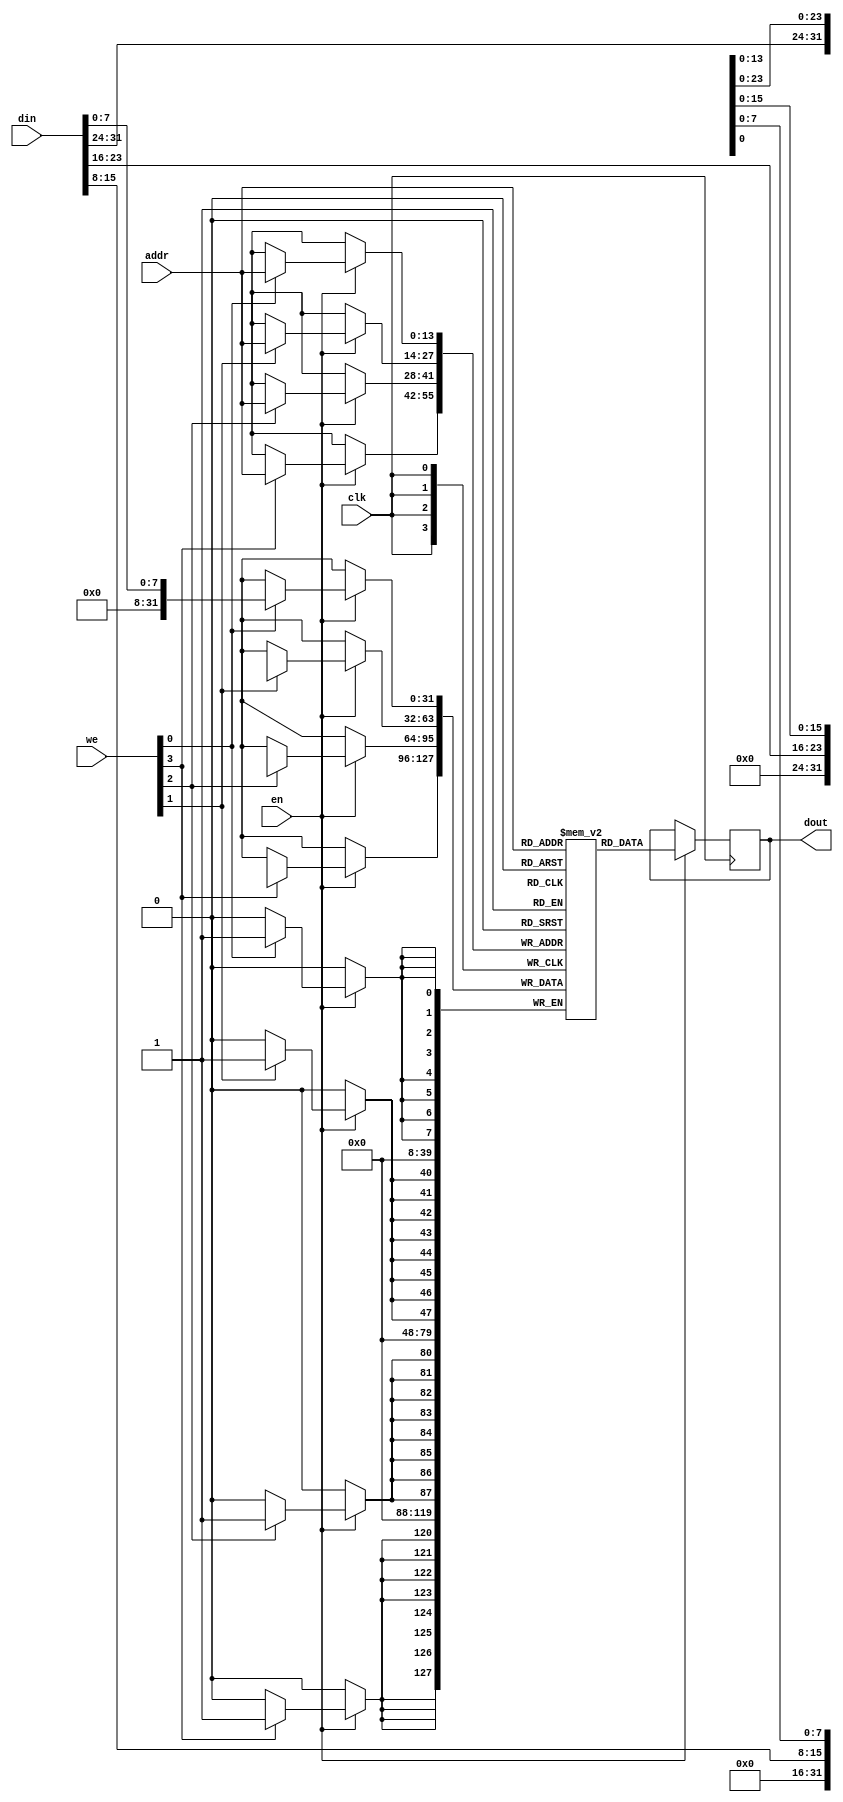
module dmem (
  input clk,
  input en,
  input [3:0] we,
  input [13:0] addr,
  input [31:0] din,
  output reg [31:0] dout
);
  parameter DEPTH = 16384;

  // See page 133 of the Vivado Synthesis Guide for the template
  // https://www.xilinx.com/support/documentation/sw_manuals/xilinx2016_4/ug901-vivado-synthesis.pdf

  reg [31:0] mem [16384-1:0];
  integer i;
  always @(posedge clk) begin
    if (en) begin
      for(i=0; i<4; i=i+1) begin
        if (we[i]) begin
          mem[addr][i*8 +: 8] <= din[i*8 +: 8];
        end
      end
      dout <= mem[addr];
    end
  end
endmodule